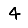
Digit: 4